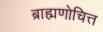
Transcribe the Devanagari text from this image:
ब्राह्मणोचित्त